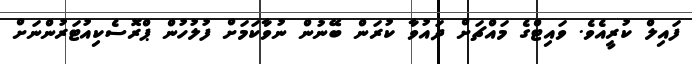
ފައިލް ކުރީއެވެ. ވައިޓްގެ މައްޗަށް ދައުވާ ކުރަން ބޭނުން ނުވާކަމަށް ފުލުހުން ޕްރޮސެކިއުޓަރުންނަށް